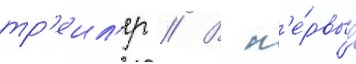
тр'еил'ер // В п'е́рвые